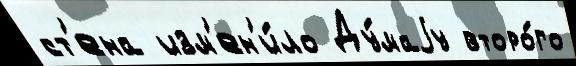
ст'ена изм'ен'и́ло Ду́маjу второ́го